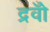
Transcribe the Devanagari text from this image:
द्रवोँ